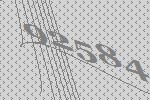
92584